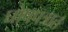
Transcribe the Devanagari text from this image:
घोषपत्रात